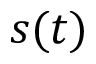
s ( t )